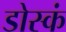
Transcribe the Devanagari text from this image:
डोस्कं